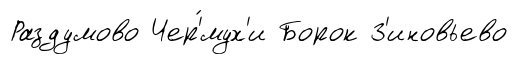
Раздумово Чер'́мух'и Борок З'иновьево